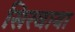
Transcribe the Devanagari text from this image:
सिरवाया